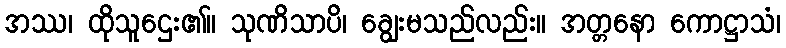
အဿ၊ ထိုသူဌေး၏။ သုဏိသာပိ၊ ချွေးမသည်လည်း။ အတ္တနော ကောဋ္ဌာသံ၊